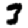
Digit: 3